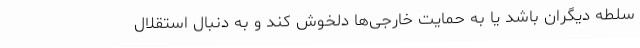
سلطه دیگران باشد یا به حمایت خارجی‌ها دلخوش کند و به دنبال استقلال